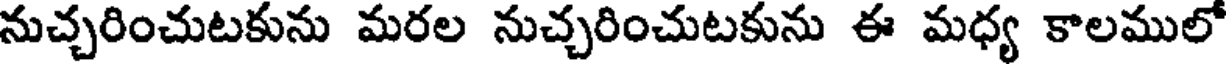
నుచ్చరించుటకును మరల నుచ్చరించుటకును ఈ మధ్య కాలములో